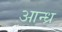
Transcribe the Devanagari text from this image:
आन्‍ध्र